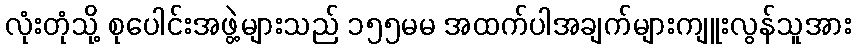
လုံးတုံသို့ စုပေါင်းအဖွဲ့များသည် ၁၅၅မမ အထက်ပါအချက်များကျူးလွန်သူအား